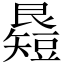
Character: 𥐉